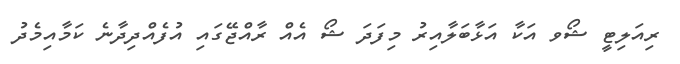
ރިއަލިޓީ ޝޯވ އަކާ އަޅާބަލާއިރު މިފަދަ ޝޯ އެއް ރާއްޖޭގައި އުފެއްދިދާނެ ކަމާއިމެދު